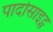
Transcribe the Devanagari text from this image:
पादोसाइट्स